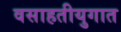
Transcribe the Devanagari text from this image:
वसाहतीयुगात